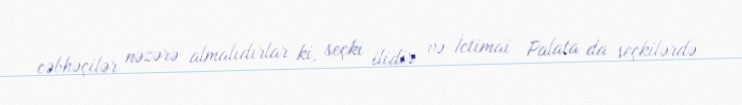
cəbhəçilər nəzərə almalıdırlar ki, seçki ilidir və İctimai Palata da seçkilərdə